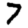
Digit: 7